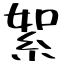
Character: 絮